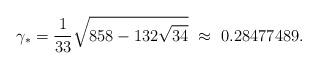
LaTeX: \begin{align*}\gamma_*=\frac{1}{33}\sqrt{858-132\sqrt{34}}\ \approx\ 0.28477489.\end{align*}